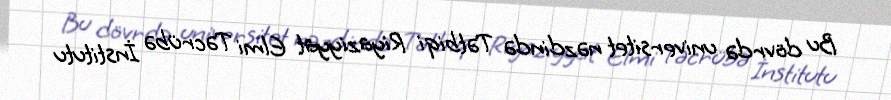
Bu dövrdə universitet nəzdində Tətbiqi Riyaziyyat Elmi Təcrübə İnstitutu